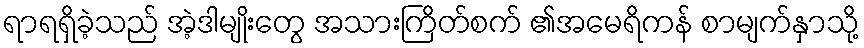
ရာရရှိခဲ့သည် အဲ့ဒါမျိုးတွေ အသားကြိတ်စက် ၏အမေရိကန် စာမျက်နှာသို့